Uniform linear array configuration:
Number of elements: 4
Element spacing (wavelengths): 0.25
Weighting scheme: hann
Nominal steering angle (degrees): -30
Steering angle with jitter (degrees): -29.5
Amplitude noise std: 0.05
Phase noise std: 0.05

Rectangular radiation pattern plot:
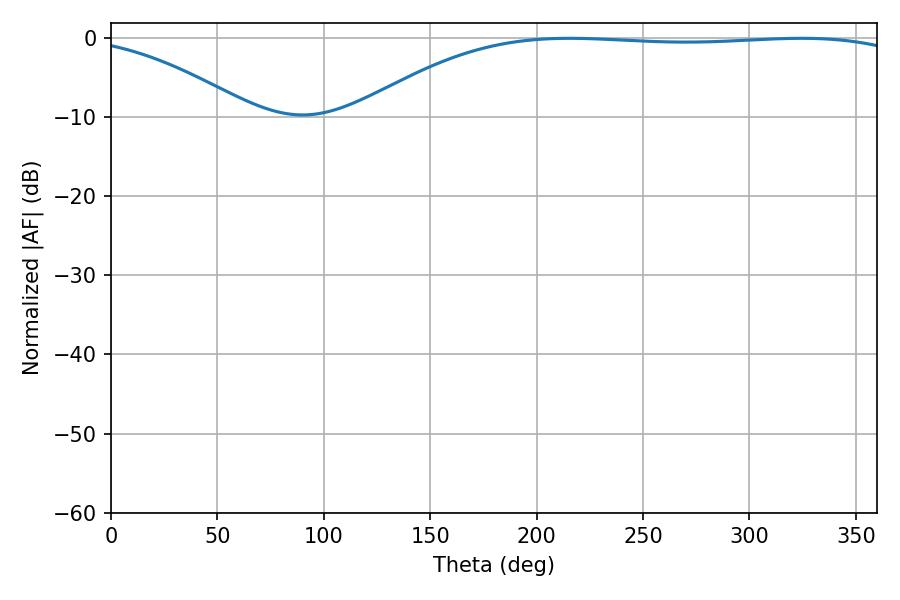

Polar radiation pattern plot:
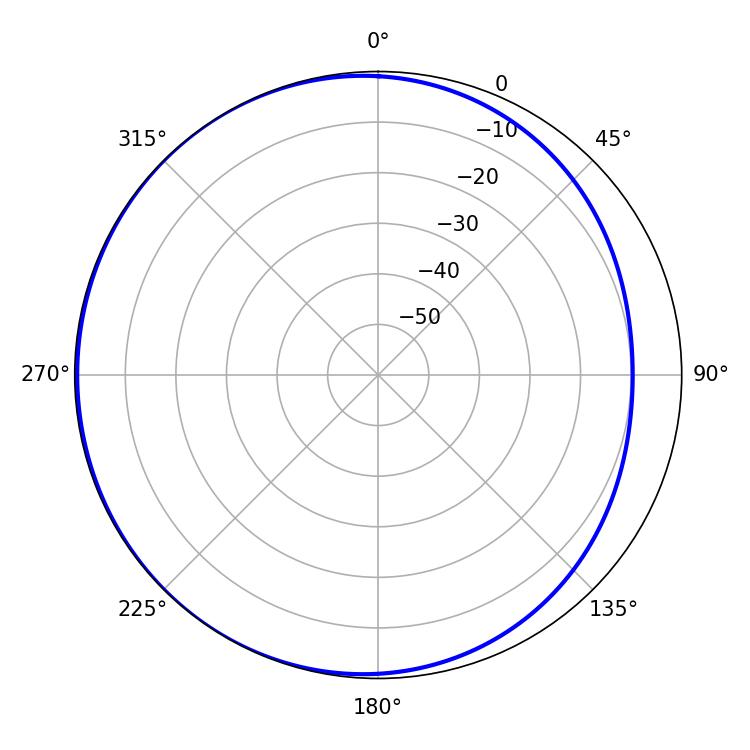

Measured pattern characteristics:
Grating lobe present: FALSE
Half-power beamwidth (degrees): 204.84
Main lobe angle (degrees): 215.46